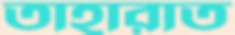
তাহারাত